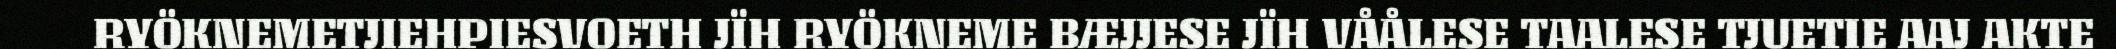
RYÖKNEMETJIEHPIESVOETH JÏH RYÖKNEME BÆJJESE JÏH VÅÅLESE TAALESE TJUETIE AAJ AKTE